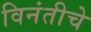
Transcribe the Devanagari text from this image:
विनंतीचे